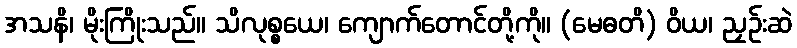
အသနိ၊ မိုးကြိုးသည်။ သိလုစ္စယေ၊ ကျောက်တောင်တို့ကို။ (မေဓတိ) ဝိယ၊ ညှဉ်းဆဲ